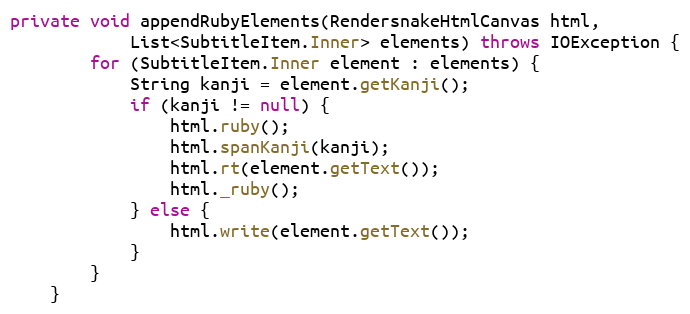
Language: Java
private void appendRubyElements(RendersnakeHtmlCanvas html,
			List<SubtitleItem.Inner> elements) throws IOException {
		for (SubtitleItem.Inner element : elements) {
			String kanji = element.getKanji();
			if (kanji != null) {
				html.ruby();
				html.spanKanji(kanji);
				html.rt(element.getText());
				html._ruby();
			} else {
				html.write(element.getText());
			}
		}
	}